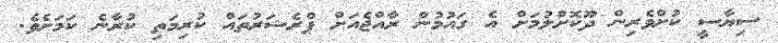
ސިޔާސީ ކުށްވެރިން ދޫކޮށްލުމަށް އެ ގައުމުން ރާއްޖެއަށް ޕްރެޝަރުތައް ކުރިމަތި ކުރާނެ ކަމަށެވެ.